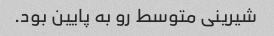
شیرینی متوسط رو به پایین بود.